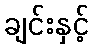
ချင်းနှင့်